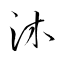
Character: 沐